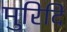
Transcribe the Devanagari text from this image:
मुरिदि